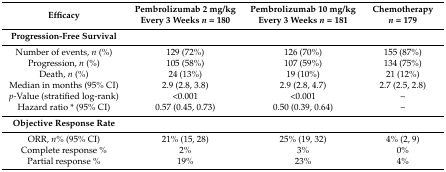
<table><thead><tr><td><b>Efficacy</b></td><td><b>Pembrolizumab 2 mg/kg Every 3 Weeks <i>n</i> = 180</b></td><td><b>Pembrolizumab 10 mg/kg Every 3 Weeks <i>n</i> = 181</b></td><td><b>Chemotherapy <i>n</i> = 179</b></td></tr></thead><tbody><tr><td><b>Progression-Free Survival</b></td><td></td><td></td><td></td></tr><tr><td>Number of events, <i>n</i> (%)</td><td>129 (72%)</td><td>126 (70%)</td><td>155 (87%)</td></tr><tr><td>Progression, <i>n</i> (%)</td><td>105 (58%)</td><td>107 (59%)</td><td>134 (75%)</td></tr><tr><td>Death, <i>n</i> (%)</td><td>24 (13%)</td><td>19 (10%)</td><td>21 (12%)</td></tr><tr><td>Median in months (95% CI)</td><td>2.9 (2.8, 3.8)</td><td>2.9 (2.8, 4.7)</td><td>2.7 (2.5, 2.8)</td></tr><tr><td><i>p</i>-Value (stratified log-rank)</td><td>&lt;0.001</td><td>&lt;0.001</td><td>–</td></tr><tr><td>Hazard ratio * (95% CI)</td><td>0.57 (0.45, 0.73)</td><td>0.50 (0.39, 0.64)</td><td>–</td></tr><tr><td><b>Objective Response Rate</b></td><td></td><td></td><td></td></tr><tr><td>ORR, <i>n</i>% (95% CI)</td><td>21% (15, 28)</td><td>25% (19, 32)</td><td>4% (2, 9)</td></tr><tr><td>Complete response %</td><td>2%</td><td>3%</td><td>0%</td></tr><tr><td>Partial response %</td><td>19%</td><td>23%</td><td>4%</td></tr></tbody></table>